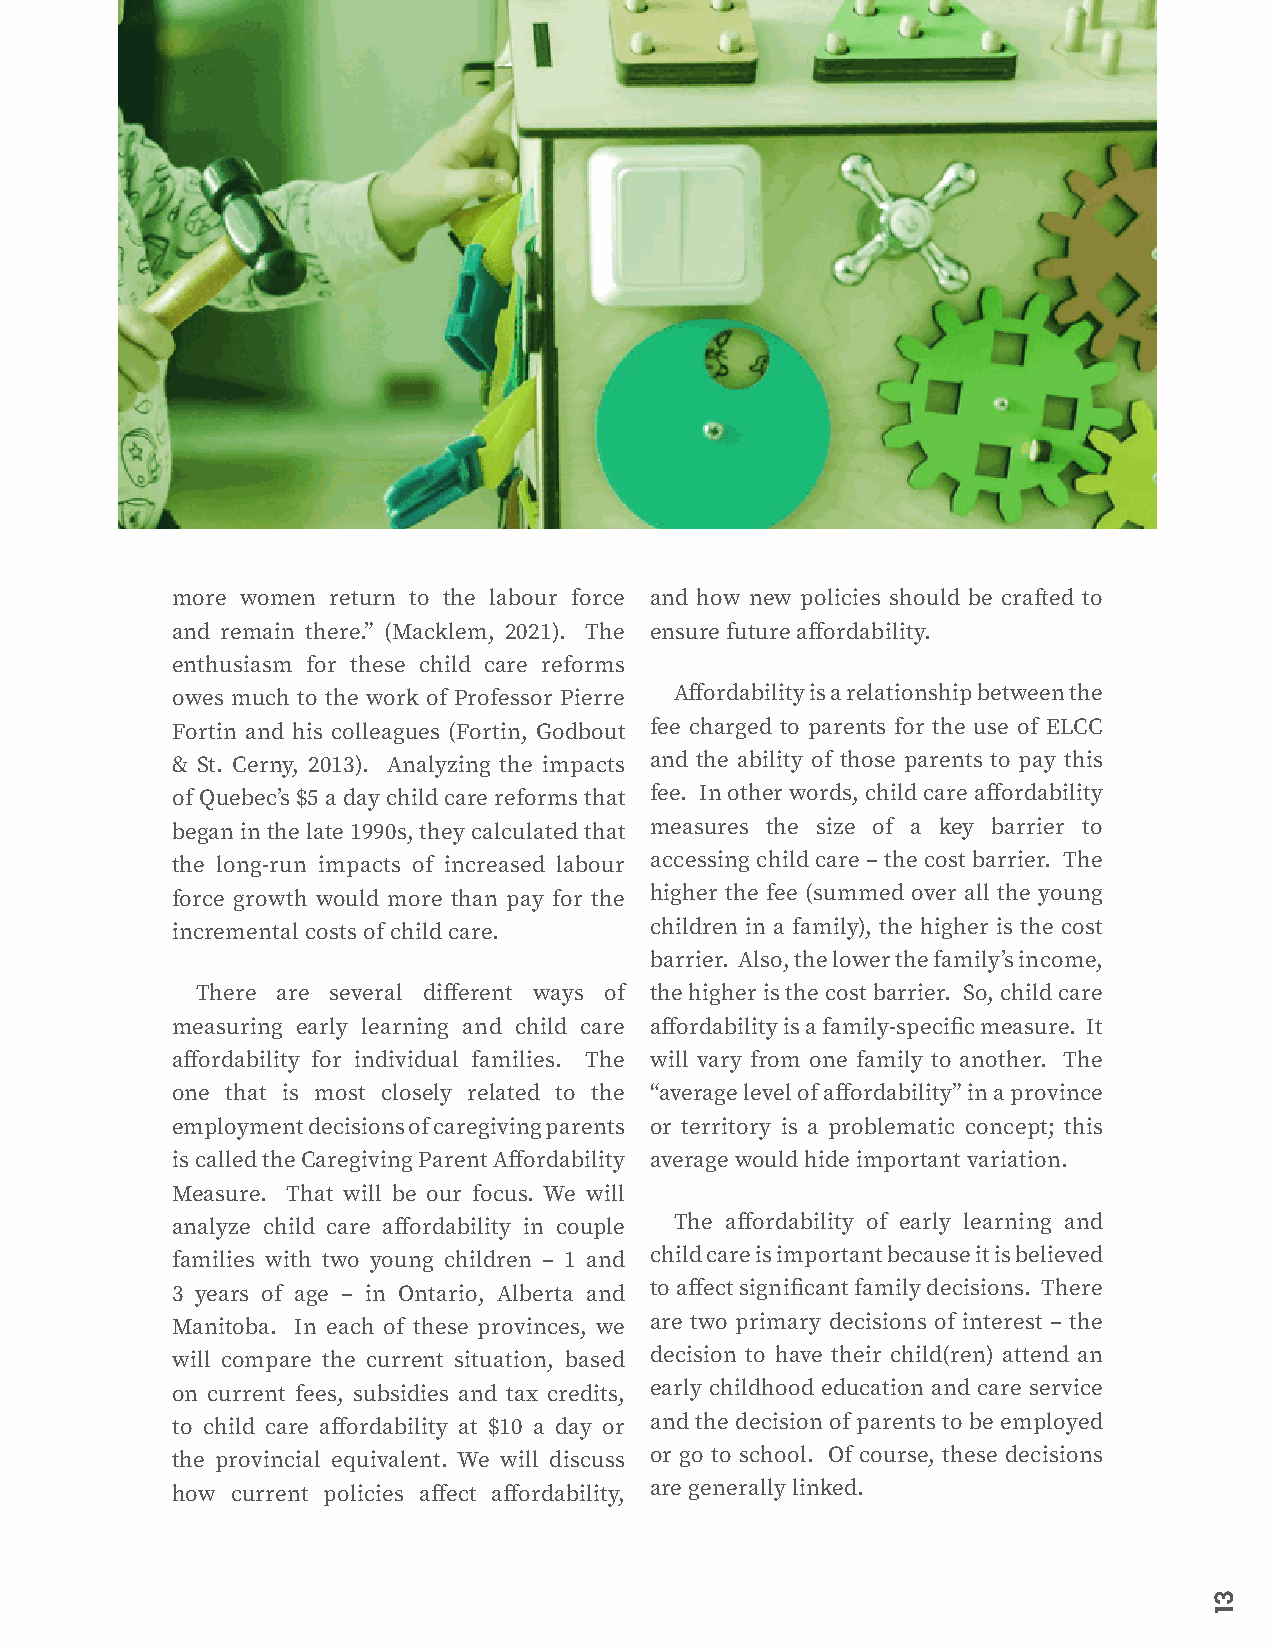
more women return to the labour force and how new policies should be crafted to
 and remain there.” (Macklem, 2021). The ensure future affordability.
 enthusiasm for these child care reforms
 owes much to the work of Professor Pierre Affordability is a relationship between the
 Fortin and his colleagues (Fortin, Godbout fee charged to parents for the use of ELCC
 & St. Cerny, 2013). Analyzing the impacts and the ability of those parents to pay this
 of Quebec’s $5 a day child care reforms that fee. In other words, child care affordability
 began in the late 1990s, they calculated that measures the size of a key barrier to
 the long-run impacts of increased labour accessing child care – the cost barrier. The
 force growth would more than pay for the higher the fee (summed over all the young
 incremental costs of child care. children in a family), the higher is the cost
 barrier. Also, the lower the family’s income,
 There are several different ways of the higher is the cost barrier. So, child care
 measuring early learning and child care affordability is a family-specific measure. It
 affordability for individual families. The will vary from one family to another. The
 one that is most closely related to the “average level of affordability” in a province
 employment decisions of caregiving parents or territory is a problematic concept; this
 is called the Caregiving Parent Affordability average would hide important variation.
 Measure. That will be our focus. We will
 analyze child care affordability in couple The affordability of early learning and
 families with two young children – 1 and child care is important because it is believed
 3 years of age – in Ontario, Alberta and to affect significant family decisions. There
 Manitoba. In each of these provinces, we are two primary decisions of interest – the
 will compare the current situation, based decision to have their child(ren) attend an
 on current fees, subsidies and tax credits, early childhood education and care service
 to child care affordability at $10 a day or and the decision of parents to be employed
 the provincial equivalent. We will discuss or go to school. Of course, these decisions
 how current policies affect affordability, are generally linked.
 31